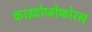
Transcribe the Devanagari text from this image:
काइटोप्ट्रोफोरस